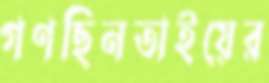
গণছিনতাইয়ের